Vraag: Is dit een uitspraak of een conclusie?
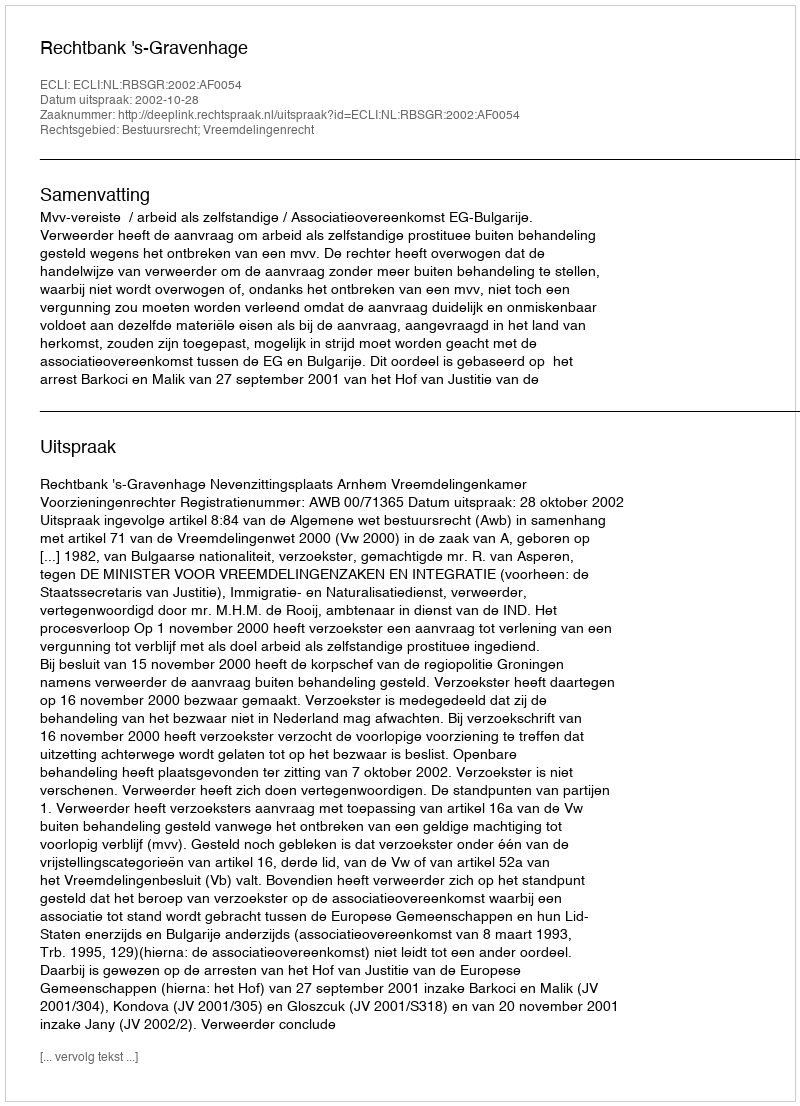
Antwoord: Uitspraak